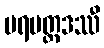
ပရမတ္ထဒဿီ